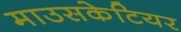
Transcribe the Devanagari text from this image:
माउसकेटियर